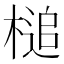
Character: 槌